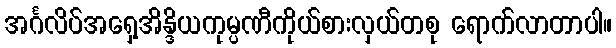
အင်္ဂလိပ်အရှေ့အိန္ဒိယကုမ္ပဏီကိုယ်စားလှယ်တစု ရောက်လာတာပါ။